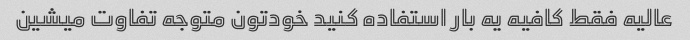
عالیه فقط کافیه یه بار استفاده کنید خودتون متوجه تفاوت میشین